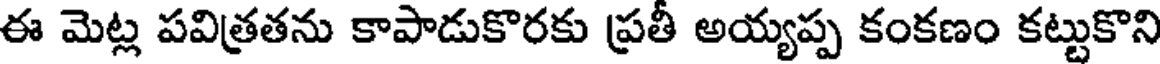
ఈ మెట్ల పవిత్రతను కాపాడుకొరకు ప్రతీ అయ్యప్ప కంకణం కట్టుకొని